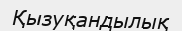
Қызуқандылық